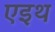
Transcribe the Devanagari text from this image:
एइथ